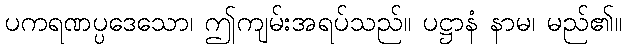
ပကရဏပ္ပဒေသော၊ ဤကျမ်းအရပ်သည်။ ပဋ္ဌာနံ နာမ၊ မည်၏။